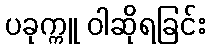
ပခုက္ကူ ဝါဆိုရခြင်း